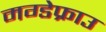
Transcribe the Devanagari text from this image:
मग्डेफ्राउ